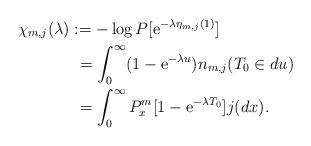
LaTeX: \begin{align*}\chi_{m,j}(\lambda) &:= -\log P[\mathrm{e}^{-\lambda \eta_{m,j}(1)}] \\&\ = \int_{0}^{\infty}(1 - \mathrm{e}^{-\lambda u}) n_{m,j}(T_0 \in du) \\&\ = \int_{0}^{\infty}P^m_x[ 1 - \mathrm{e}^{-\lambda T_0}]j(dx). \end{align*}